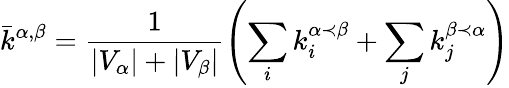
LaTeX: \bar{k}^{\alpha,\beta}=\frac{1}{|V_{\alpha}|+|V_{\beta}|}\left(\sum_{i}{k_{i}^{\alpha\prec\beta}}+\sum_{j}{k_{j}^{\beta\prec\alpha}}\right)